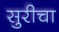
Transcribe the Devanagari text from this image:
सुरीचा